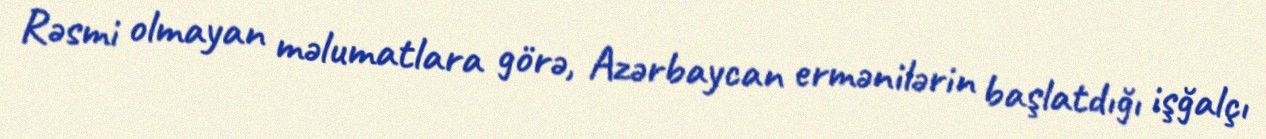
Rəsmi olmayan məlumatlara görə, Azərbaycan ermənilərin başlatdığı işğalçı